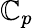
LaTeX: \mathbb{C}_{p}